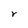
Character: r